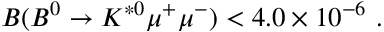
{ \cal B } ( B ^ { 0 } \to K ^ { * 0 } \mu ^ { + } \mu ^ { - } ) < 4 . 0 \times 1 0 ^ { - 6 } ~ .